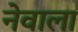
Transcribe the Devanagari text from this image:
नेवाला